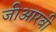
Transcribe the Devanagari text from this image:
जीआरबी